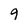
Character: 9